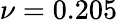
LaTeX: \nu=0.205